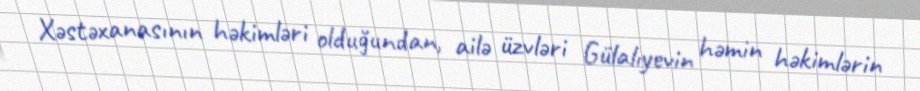
Xəstəxanasının həkimləri olduğundan, ailə üzvləri Gülalıyevin həmin həkimlərin